Indian Civil Veterinary Department memoirs
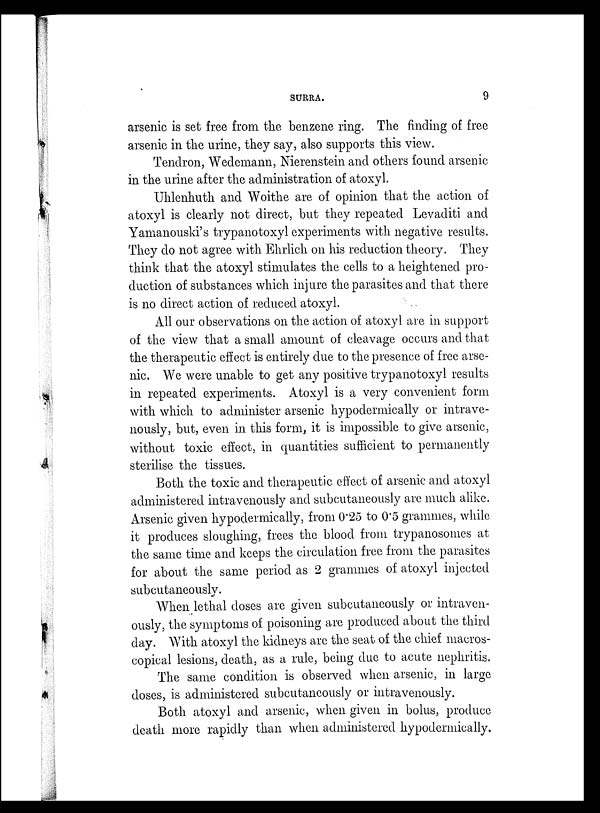
SURRA.
9
arsenic is set free from the benzene ring. The finding of free
arsenic in the urine, they say, also supports this view.
Tendron, Wedemann, Nierenstein and others found arsenic
in the urine after the administration of atoxyl.
Uhlenhuth and Woithe are of opinion that the action of
atoxyl is clearly not direct, but they repeated Levaditi and
Yamanouski's trypanotoxyl experiments with negative results.
They do not agree with Ehrlich on his reduction theory. They
think that the atoxyl stimulates the cells to a heightened pro-
duction of substances which injure the parasites and that there
is no direct action of reduced atoxyl.
All our observations on the action of atoxyl are in support
of the view that a small amount of cleavage occurs and that
the therapeutic effect is entirely due to the presence of free arse-
nic. We were unable to get any positive trypanotoxyl results
in repeated experiments. Atoxyl is a very convenient form
with which to administer arsenic hypodermically or intrave-
nously, but, even in this form, it is impossible to give arsenic,
without toxic effect, in quantities sufficient to permanently
sterilise the tissues.
Both the toxic and therapeutic effect of arsenic and atoxyl
administered intravenously and subcutaneously are much alike.
Arsenic given hypodermically, from 0.25 to 0.5 grammes, while
it produces sloughing, frees the blood from trypanosomes at
the same time and keeps the circulation free from the parasites
for about the same period as 2 grammes of atoxyl injected
subcutaneously.
When lethal doses are given subcutaneously or intraven-
ously, the symptoms of poisoning are produced about the third
day. With atoxyl the kidneys are the seat of the chief macros-
copical lesions, death, as a rule, being due to acute nephritis.
The same condition is observed when arsenic, in large
doses, is administered subcutaneously or intravenously.
Both atoxyl and arsenic, when given in bolus, produce
death more rapidly than when administered hypodermically.